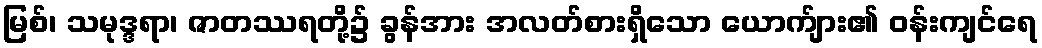
မြစ်၊ သမုဒ္ဒရာ၊ ဇာတဿရတို့၌ ခွန်အား အလတ်စားရှိသော ယောက်ျား၏ ဝန်းကျင်ရေ